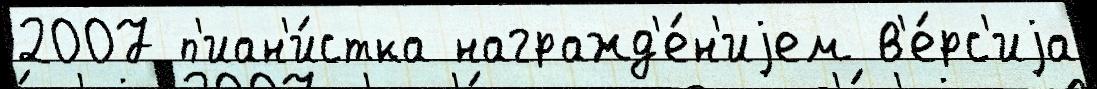
2007 п'иан'и́стка награжд'е́н'иjем в'е́рс'иjа